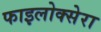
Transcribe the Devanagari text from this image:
फाइलोक्सेरा